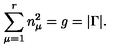
\sum _ { \mu = 1 } ^ { r } n _ { \mu } ^ { 2 } = g = | \Gamma | .